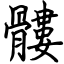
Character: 髏